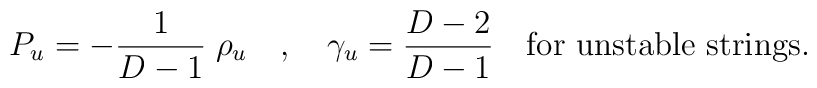
P_u = -{1 \over {D-1}}\;\rho_u ~~~,~~~  \gamma_u = {{D-2}\over{D-1}}  ~~~{\rm for~unstable~strings.}